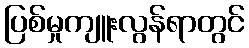
ပြစ်မှုကျူးလွန်ရာတွင်